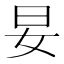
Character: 妟